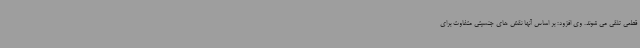
قطعی تلقی می شوند. وی افزود: بر اساس آنها نقش های جنسیتی متفاوت برای